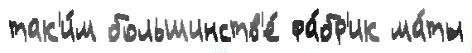
так'и́м большинств'е́ фа́бр'ик ма́ты